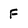
Character: F